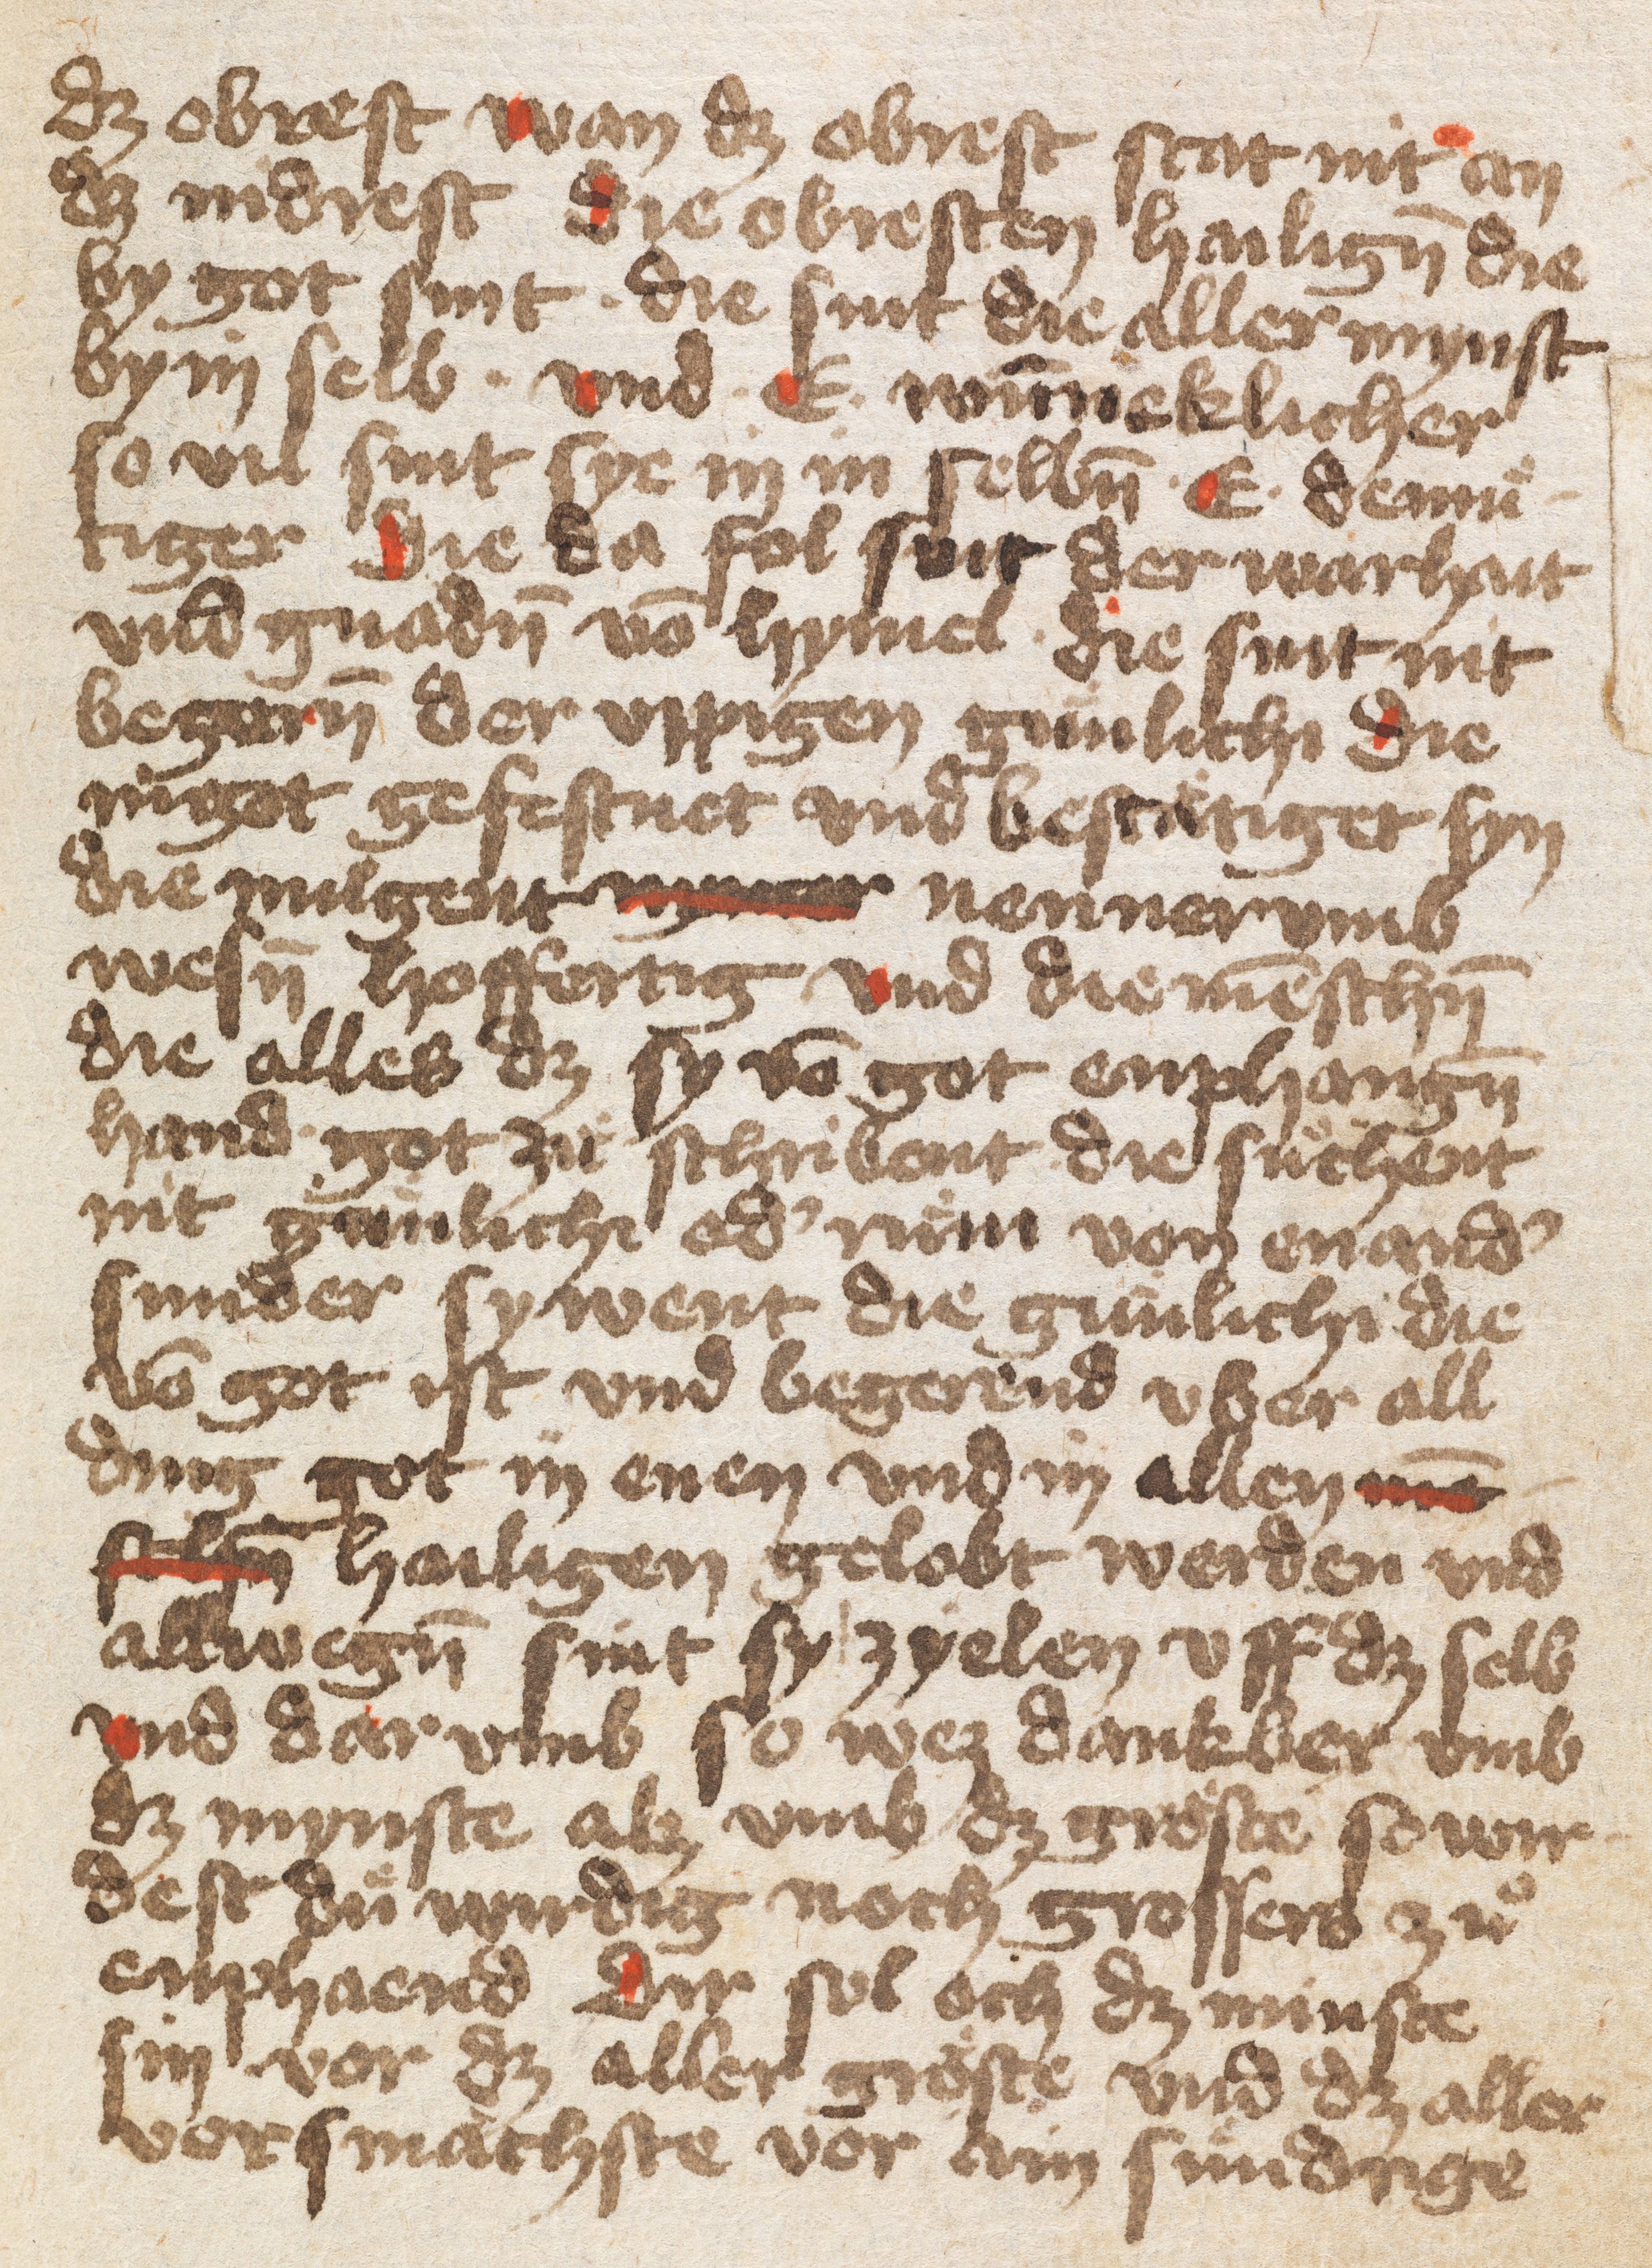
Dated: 1400–1499